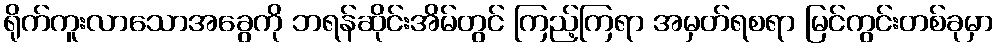
ရိုက်ကူးလာသောအခွေကို ဘရန်ဆိုင်းအိမ်တွင် ကြည့်ကြရာ အမှတ်ရစရာ မြင်ကွင်းတစ်ခုမှာ